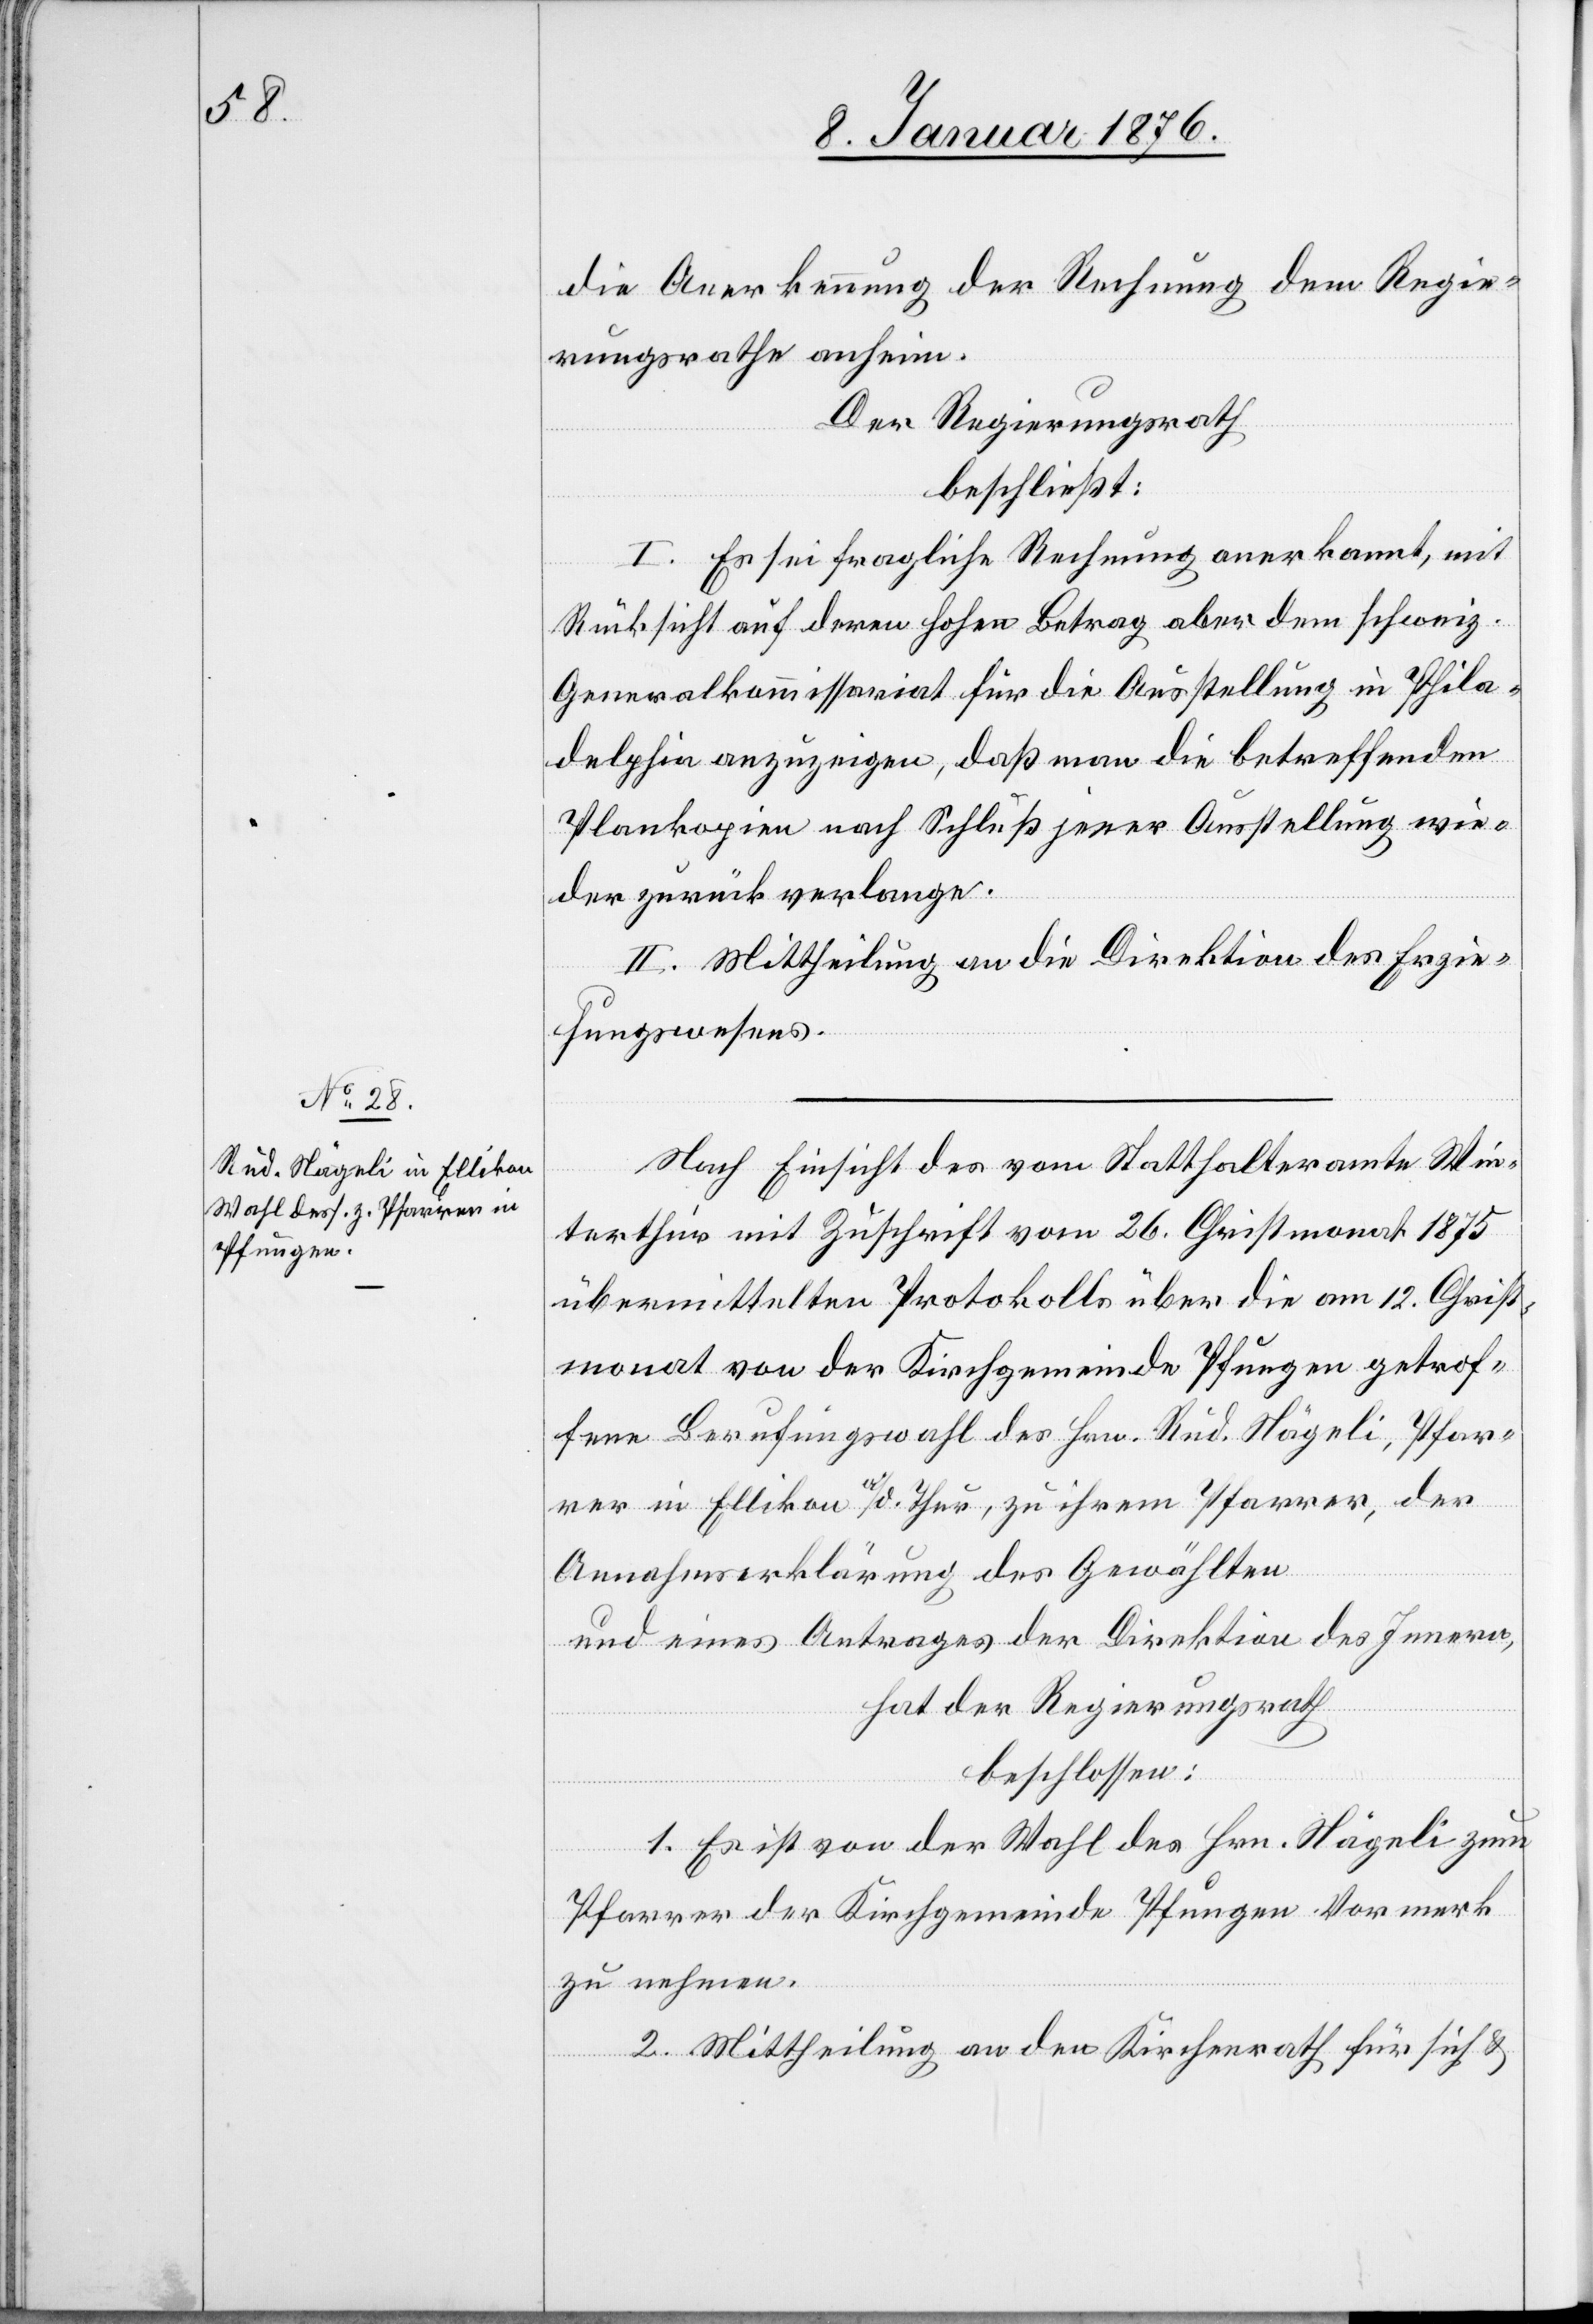
die Anerkennung der Rechnung dem Regie¬
rungsrath anhin.
Der Regierungsrath
beschließt:
I. Es sei fragliche Rechnung anerkannt, mit
Rücksicht auf deren hohen Betrag aber dem schweiz.
Generalkommissariat für die Ausstellung in Phila¬
delphia anzuzeigen, daß man die betreffenden
Plankopien nach Schluß jener Ausstellung wie¬
der zurück verlange.
II. Mittheilung an die Direktion des Erzie¬
hungswesens.
Nach Einsicht des vom Statthalteramt Win¬
terthur mit Zuschrift vom 26. Christmonat 1875
übermittelten Protokolls über die am 12. Christ¬
monat von der Kirchgemeinde Pfungen getrof¬
fene Berufungswahl des Hrn. Rud. Nägeli, Pfar¬
rer in Ellikon a./d. Thur, zu ihrem Pfarrer, der
Annahmserklärung des Gewählten
und eines Antrages der Direktion des Innern,
hat der Regierungsrath
beschlossen:
1. Es ist von der Wahl des Hrn. Nägeli zum
Pfarrer der Kirchgemeinde Pfungen Vormerk
zu nehmen.
2. Mittheilung an den Kirchenrath für sich u.